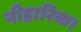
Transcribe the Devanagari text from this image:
नीहारिक।